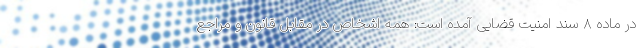
در ماده ۸ سند امنیت قضایی آمده است: همه اشخاص در مقابل قانون و مراجع